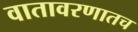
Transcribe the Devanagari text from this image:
वातावरणातच